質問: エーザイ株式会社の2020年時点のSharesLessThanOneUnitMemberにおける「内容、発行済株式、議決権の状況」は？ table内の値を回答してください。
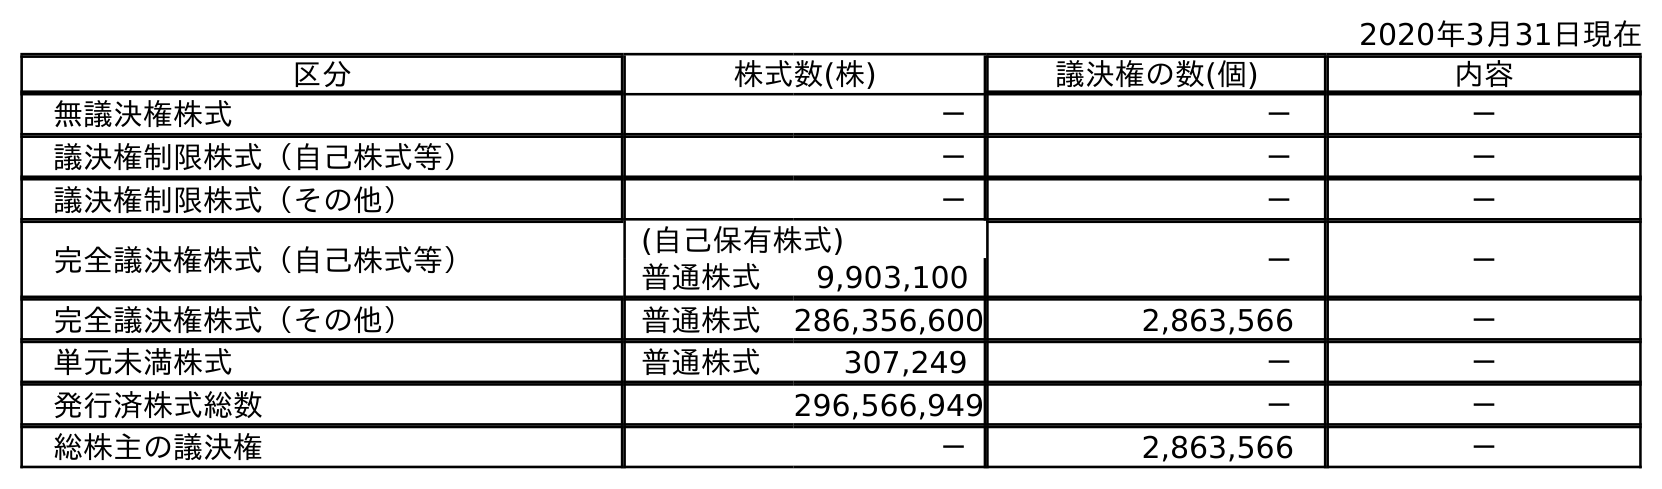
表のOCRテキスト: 2020年3月31日現在 区分 株式数(株) 議決権の数(個) 内容 無議決権株式 － － － 議決権制限株式（自己株式等） － － － 議決権制限株式（その他） － － － 完全議決権株式（自己株式等） (自己保有株式) － － 普通株式 9,903,100 完全議決権株式（その他） 普通株式 286,356,600 2,863,566 － 単元未満株式 普通株式 307,249 － － 発行済株式総数 296,566,949 － － 総株主の議決権 － 2,863,566 －
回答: －